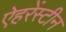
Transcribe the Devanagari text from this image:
ऐहरेंस्टीन